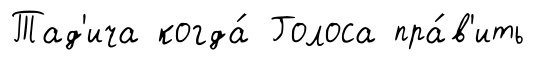
Тад'ича когда́ Голоса пра́в'ить